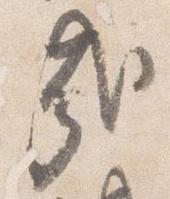
哉